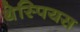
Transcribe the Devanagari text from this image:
थेस्पियस